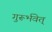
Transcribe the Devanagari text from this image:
गुरूर्भवेत्